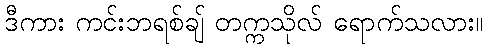
ဒီကား ကင်းဘရစ်ချ် တက္ကသိုလ် ရောက်သလား။